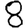
Digit: 8